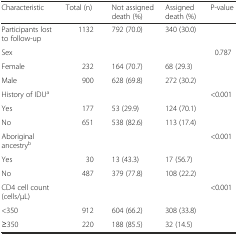
| Characteristic | Total (n) | Not assigned death (%) | Assigned death (%) | P-value |
 | --- | --- | --- | --- | --- |
 | Participants lost to follow-up | 1132 | 792 (70.0) | 340 (30.0) |  |
 | Sex |  |  |  | 0.787 |
 | Female | 232 | 164 (70.7) | 68 (29.3) |  |
 | Male | 900 | 628 (69.8) | 272 (30.2) |  |
 | History of IDUa |  |  |  | <0.001 |
 | Yes | 177 | 53 (29.9) | 124 (70.1) |  |
 | No | 651 | 538 (82.6) | 113 (17.4) |  |
 | Aboriginal ancestryb |  |  |  | <0.001 |
 | Yes | 30 | 13 (43.3) | 17 (56.7) |  |
 | No | 487 | 379 (77.8) | 108 (22.2) |  |
 | CD4 cell count (cells/μL) |  |  |  | <0.001 |
 | <350 | 912 | 604 (66.2) | 308 (33.8) |  |
 | ≥350 | 220 | 188 (85.5) | 32 (14.5) |  |